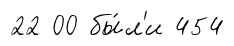
22 00 бы́л'и 454